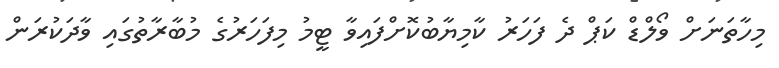
މިހާތަނަށް ވޯލްޑް ކަޕް ދެ ފަހަރު ކާމިޔާބުކޮށްފައިވާ ޓީމު މިފަހަރުގެ މުބާރާތުގައި ވާދަކުރަން